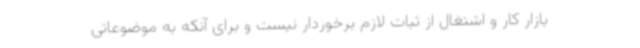
بازار کار و اشتغال از ثبات لازم برخوردار نیست و برای آنکه به موضوعاتی